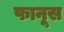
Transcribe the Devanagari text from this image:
फानूस